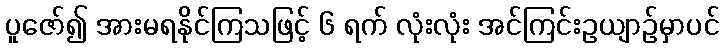
ပူဇော်၍ အားမရနိုင်ကြသဖြင့် ၆ ရက် လုံးလုံး အင်ကြင်းဥယျာဉ်မှာပင်